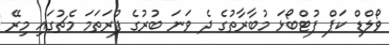
ވޯލްޑް ކަޕް ފުޓްބޯޅަ މުބާރާތުގެ ދެ ވަނަ ބުރުގެ ފުރަތަމަ މެޗުގައި މިރޭ